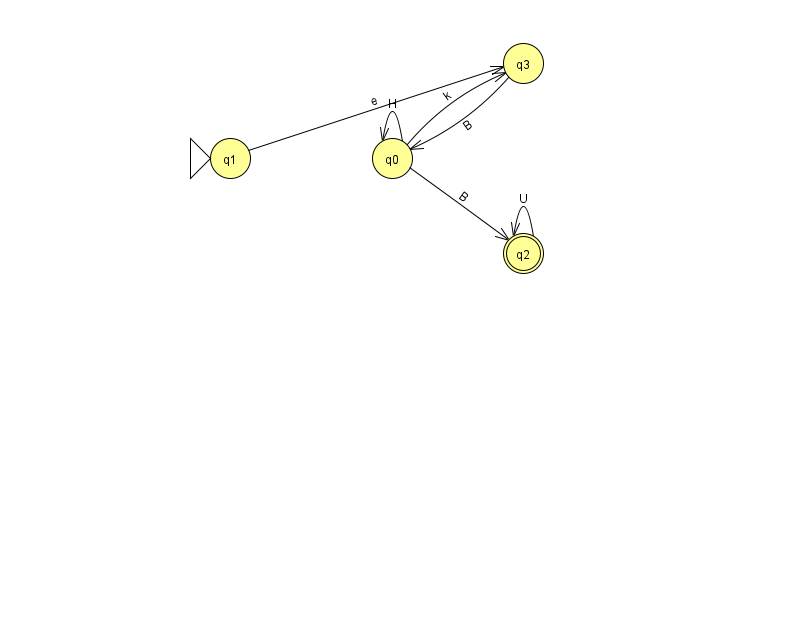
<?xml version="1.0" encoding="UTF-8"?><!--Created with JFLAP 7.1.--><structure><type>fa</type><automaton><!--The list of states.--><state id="0" name="q0"><x>392.0</x><y>145.0</y></state><state id="1" name="q1"><x>230.0</x><y>145.0</y><initial/></state><state id="2" name="q2"><x>523.0</x><y>240.0</y><final/></state><state id="3" name="q3"><x>523.0</x><y>50.0</y></state><!--The list of transitions.--><transition><from>0</from><to>2</to><read>B</read></transition><transition><from>1</from><to>3</to><read>e</read></transition><transition><from>0</from><to>3</to><read>k</read></transition><transition><from>2</from><to>2</to><read>U</read></transition><transition><from>0</from><to>0</to><read>H</read></transition><transition><from>3</from><to>0</to><read>B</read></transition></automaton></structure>